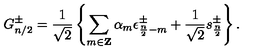
G _ { n / 2 } ^ { \pm } = { \frac { 1 } { \sqrt 2 } } \left\{ \sum _ { m \in { \bf Z } } \alpha _ { m } \epsilon _ { { \frac { n } { 2 } } - m } ^ { \pm } + { \frac { 1 } { \sqrt 2 } } s _ { \frac { n } { 2 } } ^ { \pm } \right\} .